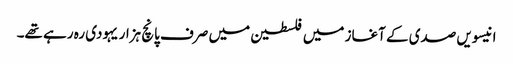
انیسویں صدی کے آغاز میں فلسطین میں صرف پانچ ہزار یہودی رہ رہے تھے۔